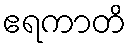
ဧရကာတိ